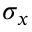
\sigma _ { x }